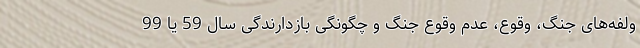
ولفه‌های جنگ، وقوع، عدم وقوع جنگ و چگونگی بازدارندگی سال 59 یا 99